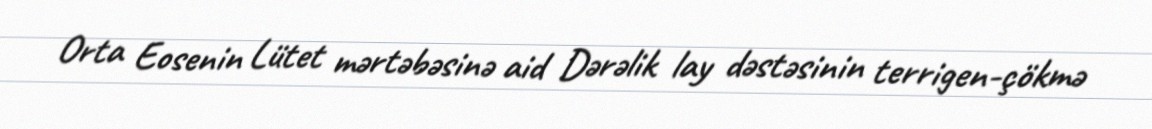
Orta Eosenin Lütet mərtəbəsinə aid Dərəlik lay dəstəsinin terrigen-çökmə